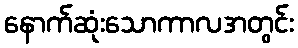
နောက်ဆုံးသောကာလအတွင်း